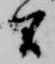
間